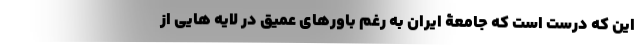
این که درست است که جامعۀ ایران به رغم باورهای عمیق در لایه هایی از